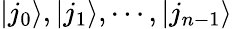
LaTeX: |j_{0}\rangle,|j_{1}\rangle,\cdots,|j_{n-1}\rangle